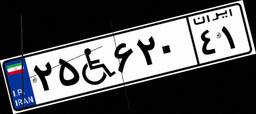
۲۵W۶۲۰۴۱